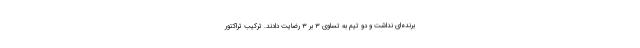
برنده‌ای نداشت و دو تیم به تساوی ۳ بر ۳ رضایت دادند. ترکیب تراکتور